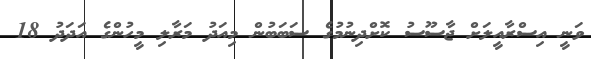
ވަނީ އިސްރާއީލަށް ޖާސޫސު ކޮށްދިނުމުގެ ސަބަބުން މިއަދު މަރާލި މީހުންގެ އަދަދު 18